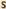
S